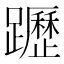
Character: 𨇗